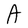
Character: A